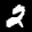
Label: 2